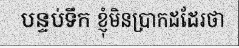
បន្ទប់ទឹក ខ្ញុំមិនប្រាកដដែរថា